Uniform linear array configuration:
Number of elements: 64
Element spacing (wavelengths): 0.25
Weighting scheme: exponential
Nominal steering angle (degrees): -60
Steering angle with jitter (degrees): -58.499
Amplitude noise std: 0.05
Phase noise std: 0.05

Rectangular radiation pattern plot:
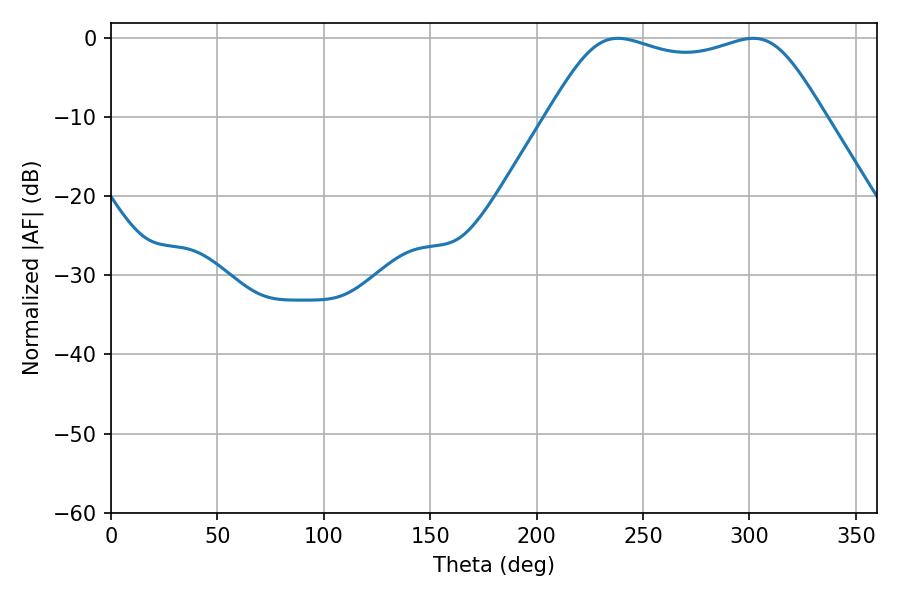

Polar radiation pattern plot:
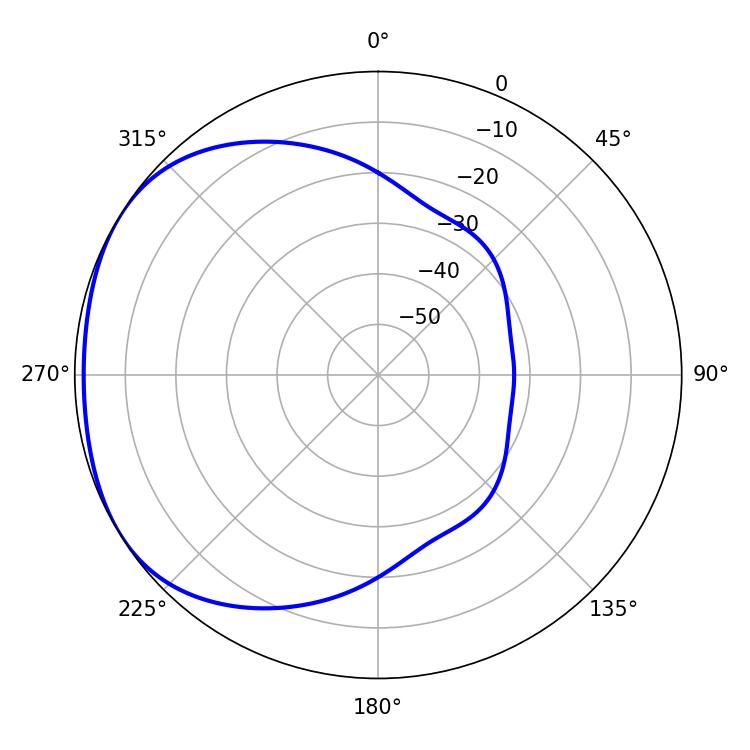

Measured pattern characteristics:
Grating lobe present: FALSE
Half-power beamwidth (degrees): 99.36
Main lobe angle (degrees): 238.14